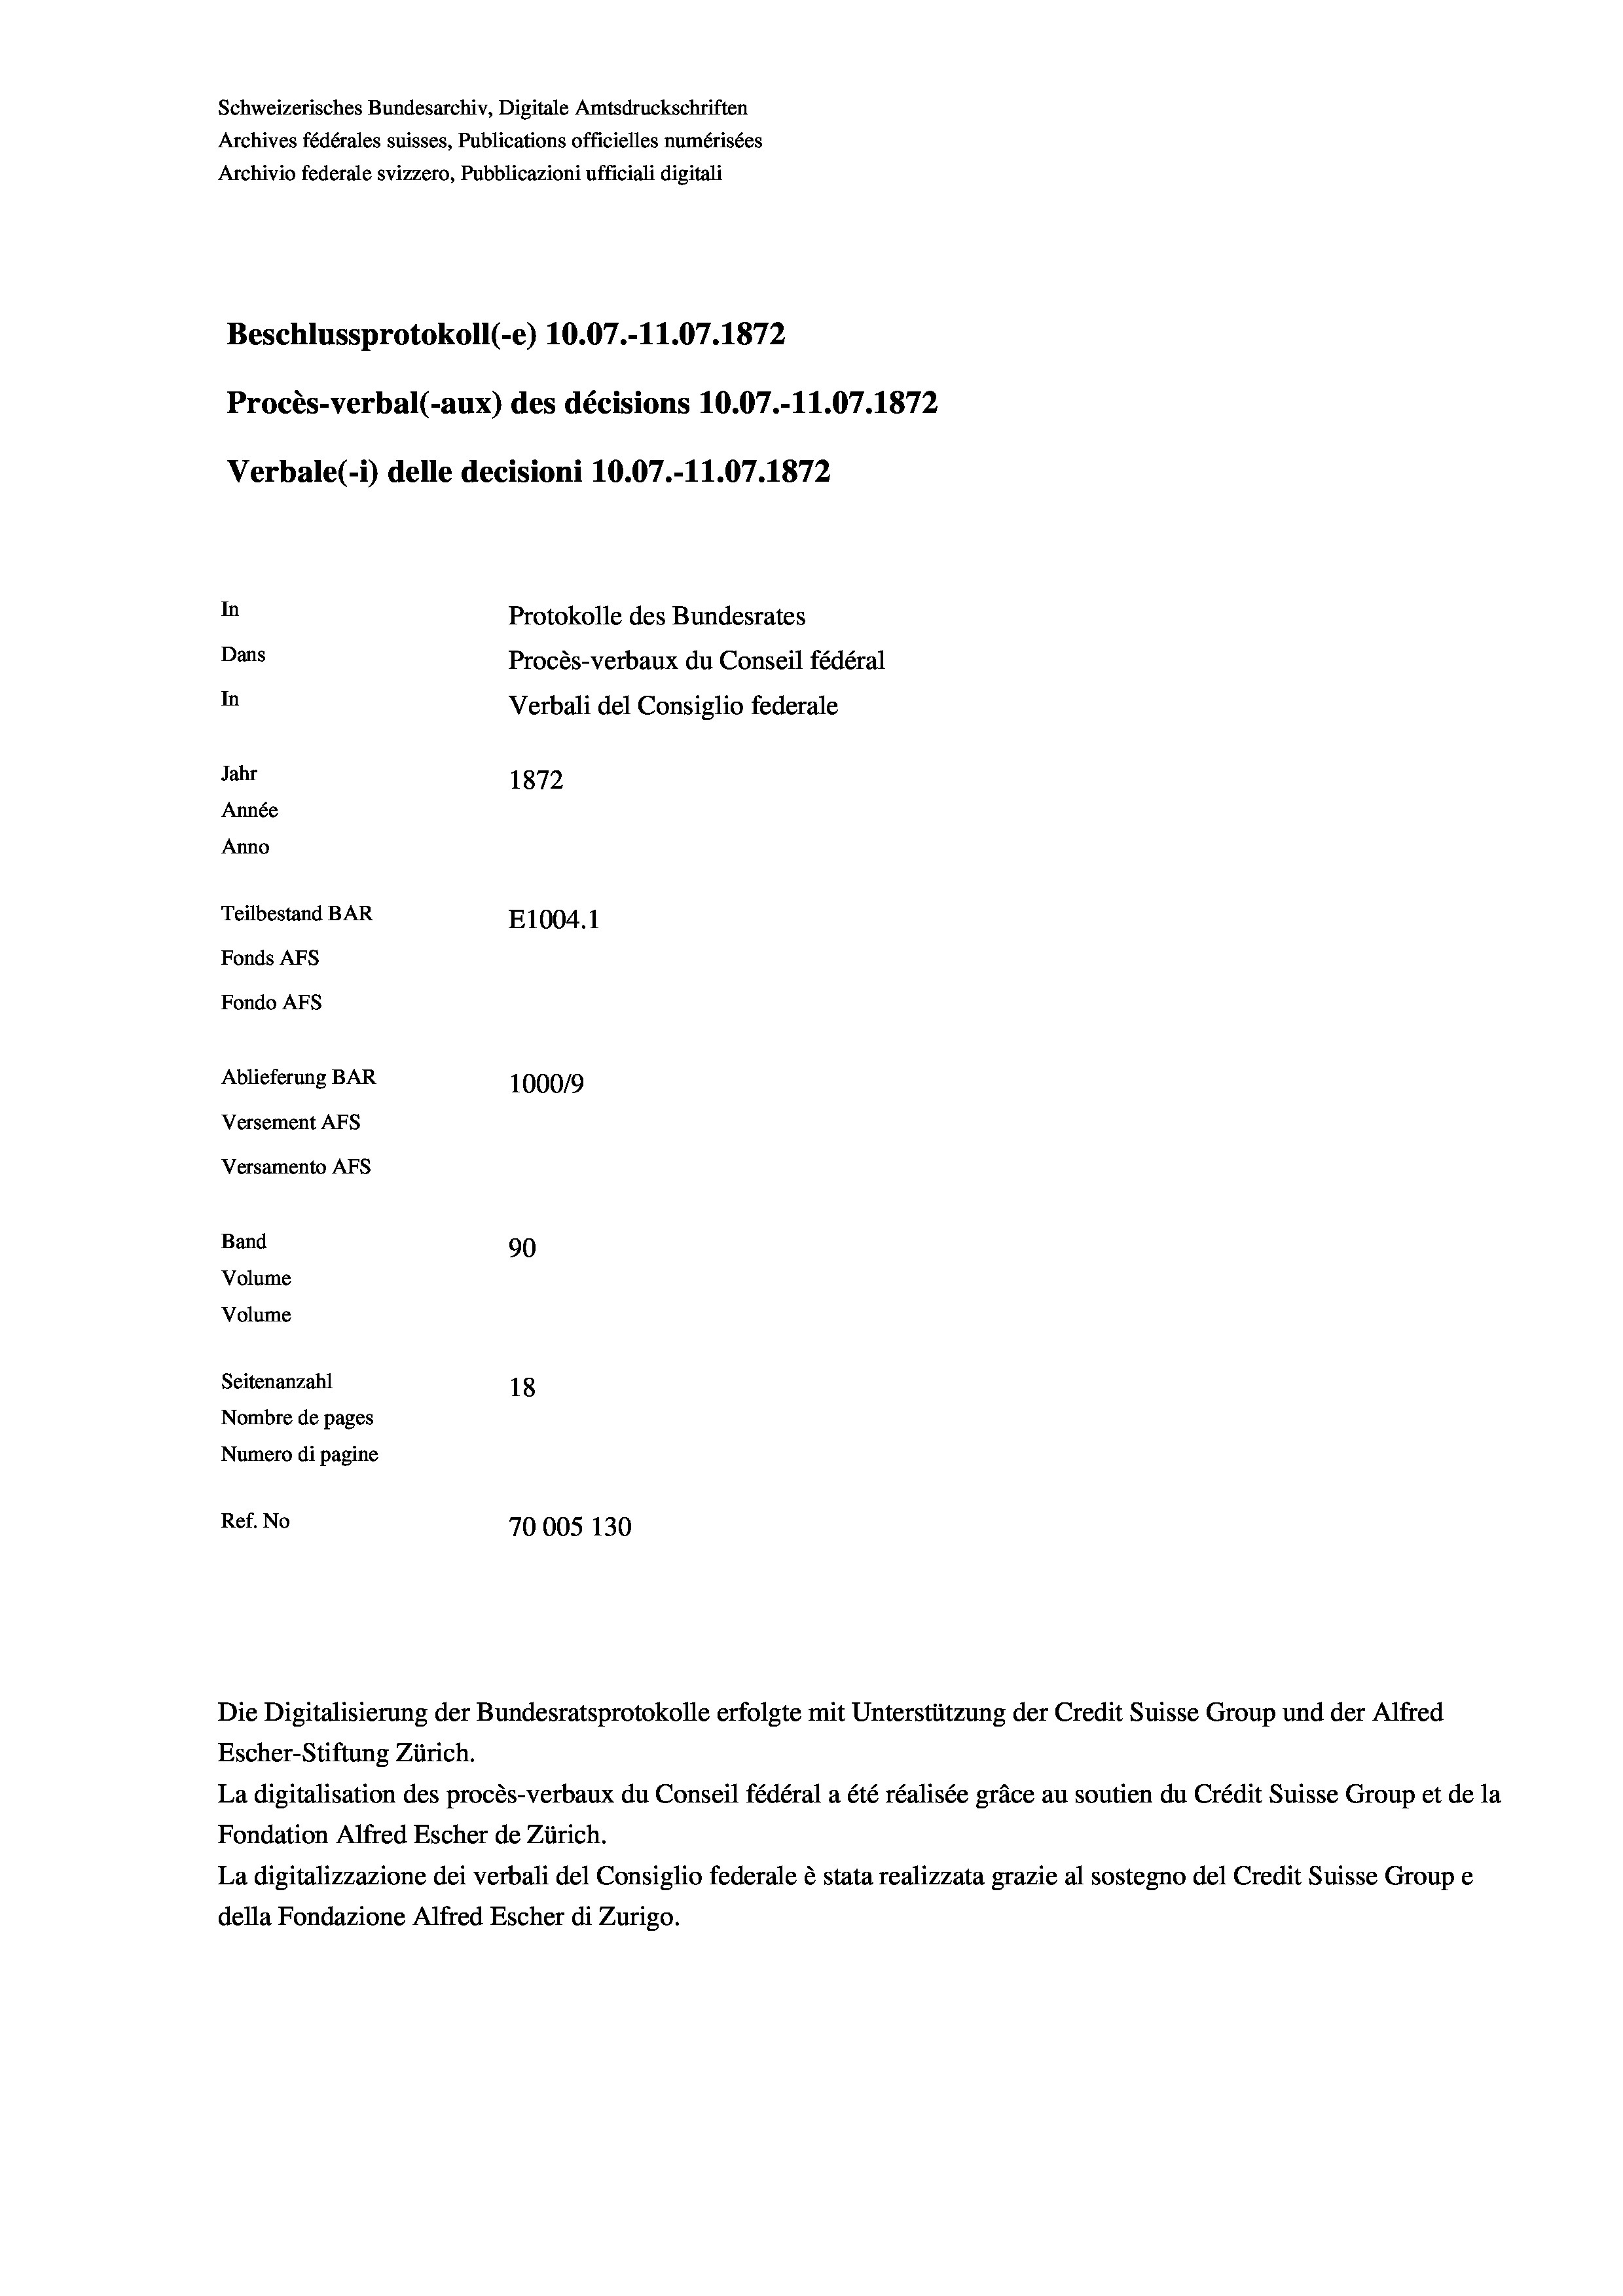
Schweizerisches Bundesarchiv, Digitale Amtsdruckschriften
Archives fédérales suisses, Publications officielles numérisées
Archivio federale svizzero, Pubblicazioni ufficiali digitali
Beschlussprotokoll (-e) 10.07.-11.07. 1872
Procès-verbal (-aux) des décisions 10.07.-11.07. 1872
Verbale (- 1) delle decisioni 10.07.-11.07. 1872
In
Protokolle des Bundesrates
Dans
Procès-verbaux du Conseil fédéral
In
Verbali del Consiglio federale
Jahr
1872
Année
Anno
Teilbestand BAR
E1004. 1
Fonds AFs
Fondo AFs
Ablieferung BAR
100019
Versement AFs
Versamento AFs

90
Seitenanzahl
18
Nombre de pages
Numero di pagine
Ref. No
70005 130

Band
Volume

Escher-Stiftung Zürich.
La digitalisation des procès-verbaux du Conseil fédéral a été réalisée gräce au soutien du Crédit Suisse Group et de la
Fondation Alfred Escher de Zürich.
La digitalizzazione dei verbali del Consiglio federale è stata realizzata grazie al sostegno del Credit Suisse Groupe
della Fondazione Alfred Escher di Zurigo.

Volume

Die Digitalisierung der Bundesratsprotokolle erfolgte mit Unterstützung der Credit Suisse Group und der Alfred